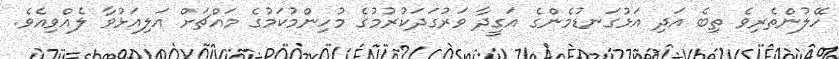
ހޭލުންތެރިވެ ތިބެ އަދި އަޅުގަނޑުމެންގެ އަގީދާ ވަރުގަދަކުރުމުގެ މުހިންމުކަމުގެ މައްޗަށް އަލިއަޅުވާ ލެއްވިއެވެ.